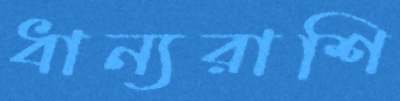
ধান্যরাশি